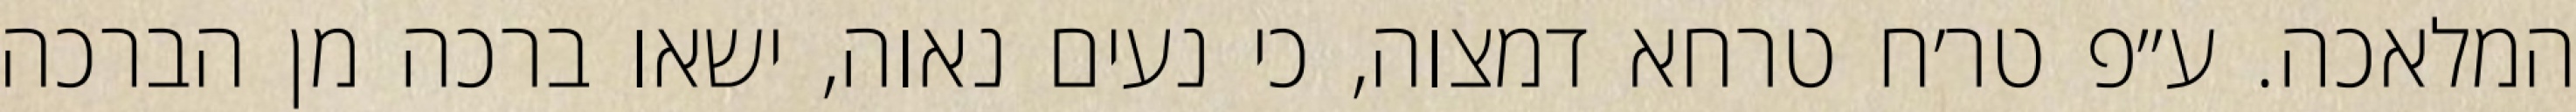
המלאכה. ע״פ טר׳ח טרחא דמצוה, כי נעים נאוה, ישאו ברכה מן הברכה